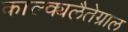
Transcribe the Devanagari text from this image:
काल्क्यलैतेग्राल